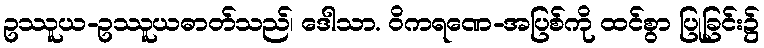
ဥဿူယ-ဥဿူယဓာတ်သည်၊ ဒေါသာ. ဝိကရဏေ-အပြစ်ကို ထင်စွာ ပြုခြင်း၌